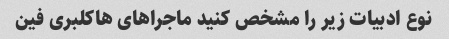
نوع ادبیات زیر را مشخص کنید ماجراهای هاکلبری فین